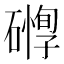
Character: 𥖒